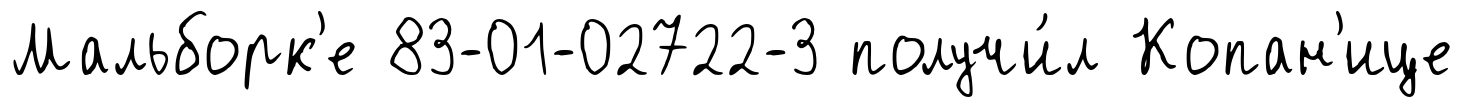
Мальборк'е 83-01-02722-3 получи́л Копан'ице